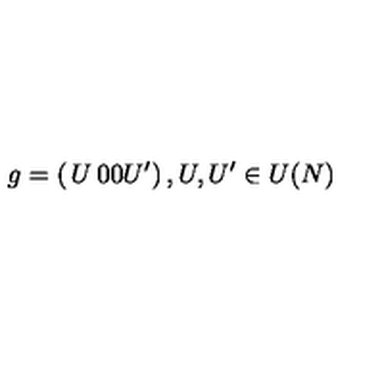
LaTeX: g = \left( \begin{matrix} { U } & { 0 } \\ { 0 } & { U ^ { \prime } } \\ \end{matrix} \right) , U , U ^ { \prime } \in U ( N )